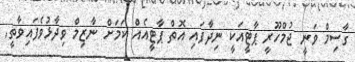
ގާސިމް ވަނީ ޖުމްހޫރީ ޕާޓީއަކީ ނިދާފައި އޮތް ޕާޓީއެއް ކަމަށް ނާޒިމް ވިދާޅުވެފައިވާތީ